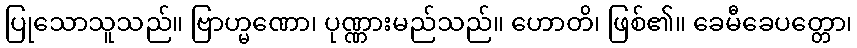
ပြုသောသူသည်။ ဗြာဟ္မဏော၊ ပုဏ္ဏားမည်သည်။ ဟောတိ၊ ဖြစ်၏။ ခေမီခေပတ္တော၊